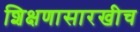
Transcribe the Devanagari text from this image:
शिक्षणासारखीच